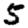
Digit: 5